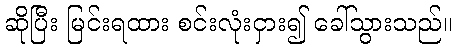
ဆိုပြီး မြင်းရထား စင်းလုံးငှား၍ ခေါ်သွားသည်။